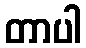
တာပါ